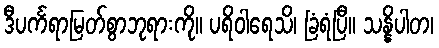
ဒီပင်္ကရာမြတ်စွာဘုရားကို။ ပရိဝါရေသိ၊ ခြံရံပြီ။ သန္နိပါတ၊